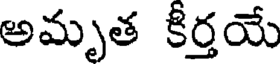
అమృత కీర్తయే